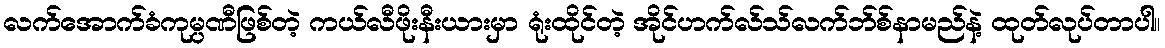
လက်အောက်ခံကုမ္ပဏီဖြစ်တဲ့ ကယ်လီဖိုးနီးယားမှာ ရုံးထိုင်တဲ့ အိုင်ဟက်လ်သ်လက်ဘ်စ်နာမည်နဲ့ ထုတ်လုပ်တာပါ။